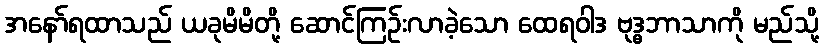
အနော်ရထာသည် ယခုမိမိတို့ ဆောင်ကြဉ်းလာခဲ့သော ထေရဝါဒ ဗုဒ္ဓဘာသာကို မည်သို့